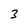
Character: 3